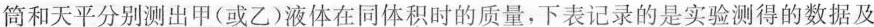
筒和天平分别测出甲(或乙)液体在同体积时的质量，下表记录的是实验测得的数据及